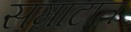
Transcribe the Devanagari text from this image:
सम्राटात